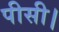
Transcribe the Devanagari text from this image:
पीसी।